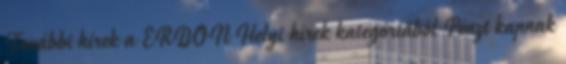
További hírek a ERDON Helyi hírek kategóriából Pénzt kapnak